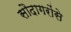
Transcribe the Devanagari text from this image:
सौदागरोंसे